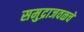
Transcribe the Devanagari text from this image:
समुद्राजवळचे